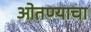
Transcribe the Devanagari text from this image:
ओतण्याचा